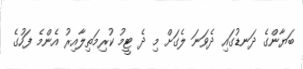
ބަޔާންގެ ދަނޑުގައި ދެވަނަ ލެގަށް މި ދެ ޓީމު ކުރިމަތިލާއިރު އެންމެ ފަހުގެ